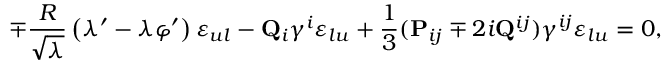
\mp { \frac { R } { \sqrt { \lambda } } } \left( \lambda ^ { \prime } - \lambda \varphi ^ { \prime } \right) \varepsilon _ { u l } - { \bf Q } _ { i } \gamma ^ { i } \varepsilon _ { l u } + { \frac { 1 } { 3 } } ( { \bf P } _ { i j } \mp 2 i { \bf Q } ^ { i j } ) \gamma ^ { i j } \varepsilon _ { l u } = 0 ,